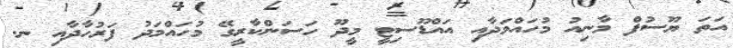
އަތަ ޔޫސުފް މާނިއު މުހައްމަދާއި އައްޑޫސިޓީ މީދޫ ހަސަންކާރީގޭ މުހައްމަދު ފަރުހާދާއި ނ.